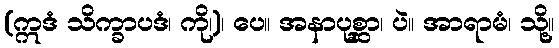
(ဣဒံ သိက္ခာပဒံ၊ ကို၊)၊ ပေ။ အနာပုစ္ဆာ၊ ပဲ။ အာရာမံ၊ သို့။